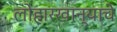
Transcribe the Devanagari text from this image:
लोहारखान्याचे